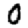
Digit: 0